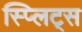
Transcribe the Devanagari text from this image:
स्प्लिट्स